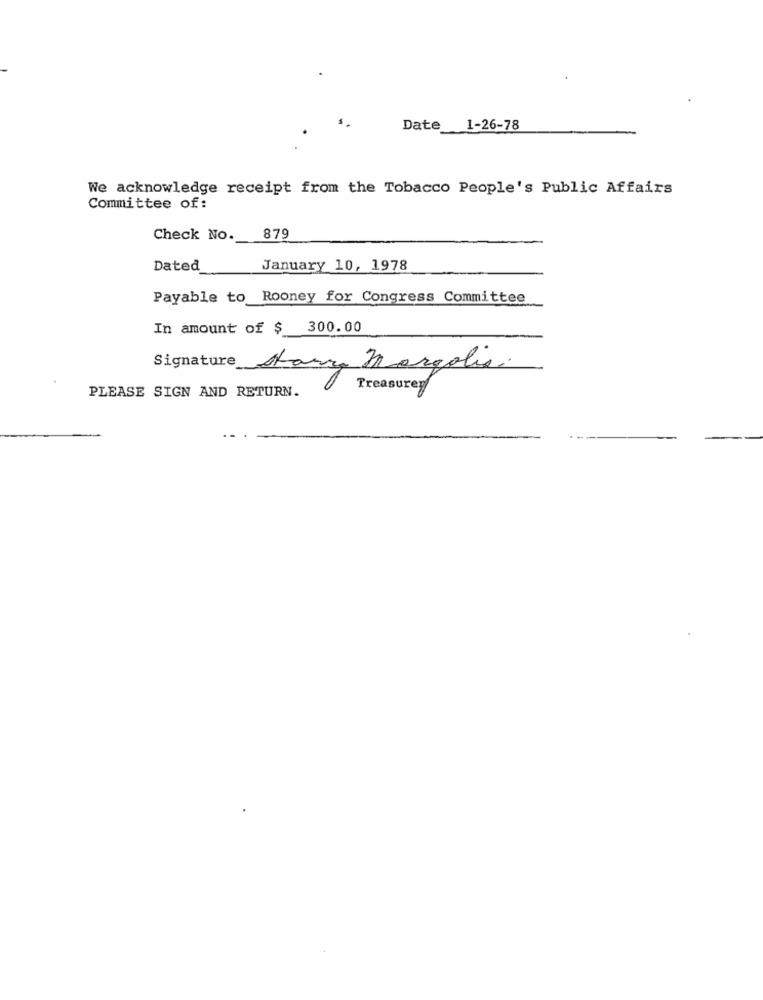
Date
1-26-78
We acknowledge receipt from the Tobacco People's Public Affairs
Committee of:
Check No.
879
Dated
January 10, 1978
Payable to Rooney for Congress Committee
In amount of $ 300.00
Signature Aarra Margolis.
PLEASE SIGN AND RETURN.
Treasurer